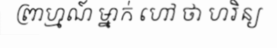
ព្រាហ្មណ៍ ម្នាក់ ហៅ ថា ហរិន្យ